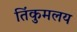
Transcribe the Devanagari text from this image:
तिंकुमलय